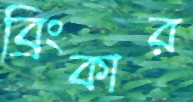
ব্রিংকার